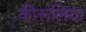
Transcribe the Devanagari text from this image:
कीरूलिया